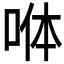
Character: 𭈄